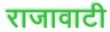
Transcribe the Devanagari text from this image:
राजावाटी